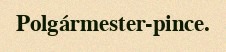
Polgármester-pince.